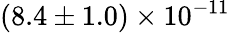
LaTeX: (8.4\pm 1.0)\times 10^{-11}